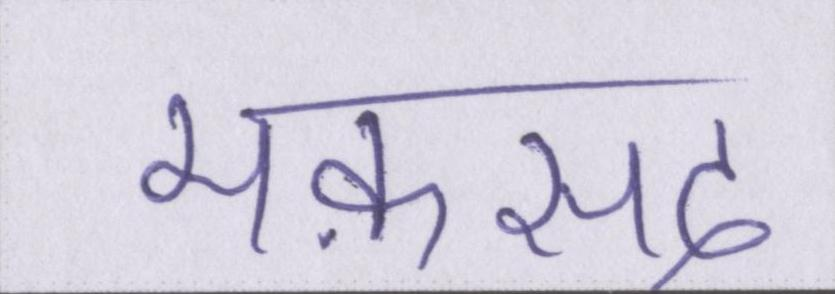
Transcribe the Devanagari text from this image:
मक़सद